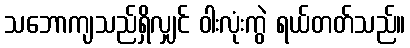
သဘောကျသည်ရှိလျှင် ဝါးလုံးကွဲ ရယ်တတ်သည်။